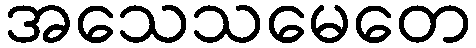
အသေသမေတေ